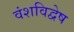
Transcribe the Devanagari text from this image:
वंशविद्वेष